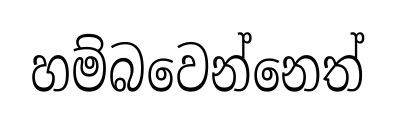
හම්බවෙන්නෙත්